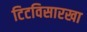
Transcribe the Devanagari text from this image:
टिटविसारखा